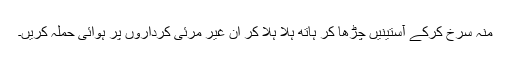
منہ سرخ کرکے آستینیں چڑھا کر ہاتھ ہلا ہلا کر ان غیر مرئی کرداروں پر ہوائی حملہ کریں۔